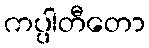
ကပ္ပါတီတော